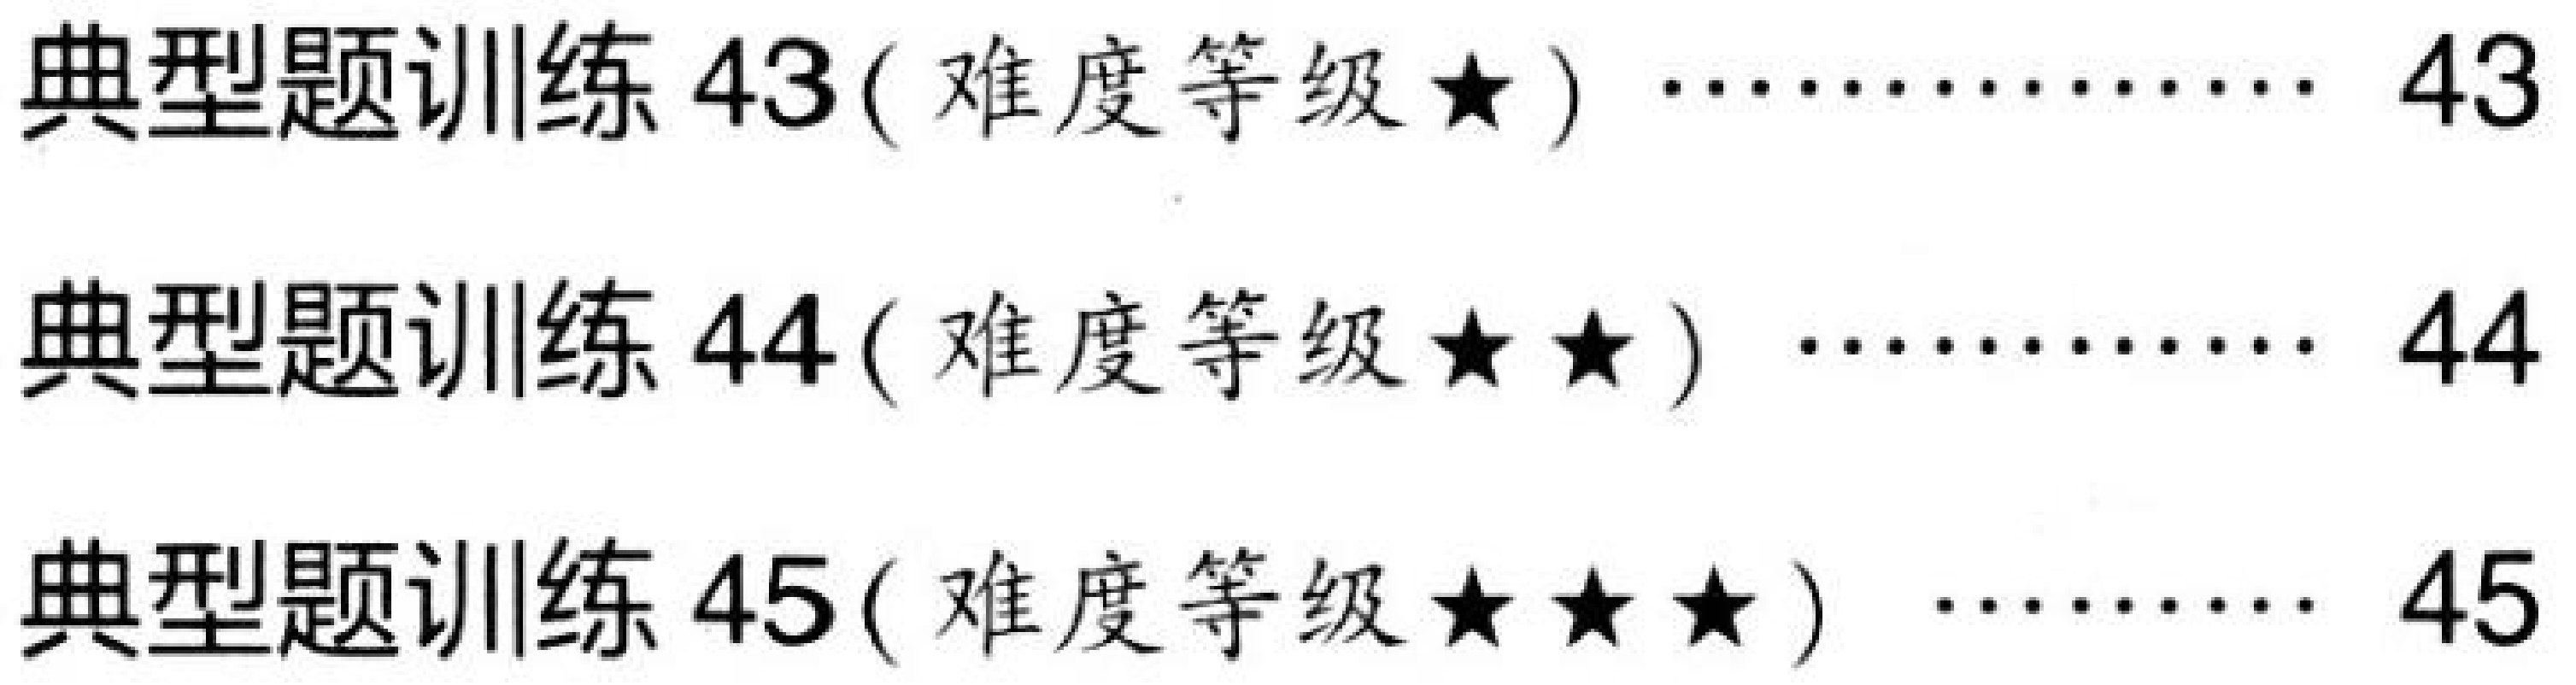
典型题训练 43( 难度等级$\star$ ) \quad\cdots\cdots\quad 43\\
典型题训练 44( 难度等级$\star\star$ ) \quad\cdots\cdots\quad 44\\
典型题训练 45( 难度等级$\star\star\star$ ) \quad\cdots\cdots\quad 45